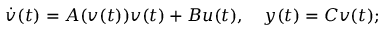
\begin{array} { r } { \dot { v } ( t ) = A ( v ( t ) ) v ( t ) + B u ( t ) , \quad y ( t ) = C v ( t ) ; } \end{array}